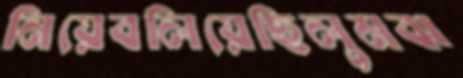
নিয়েবলিয়েছিলুমঝ